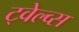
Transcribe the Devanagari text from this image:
ट्वेल्व्स